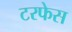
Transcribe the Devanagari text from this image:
टरफेस